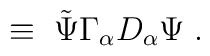
\;\equiv\; {\tilde \Psi} \Gamma_\alpha D_\alpha  \Psi \;.